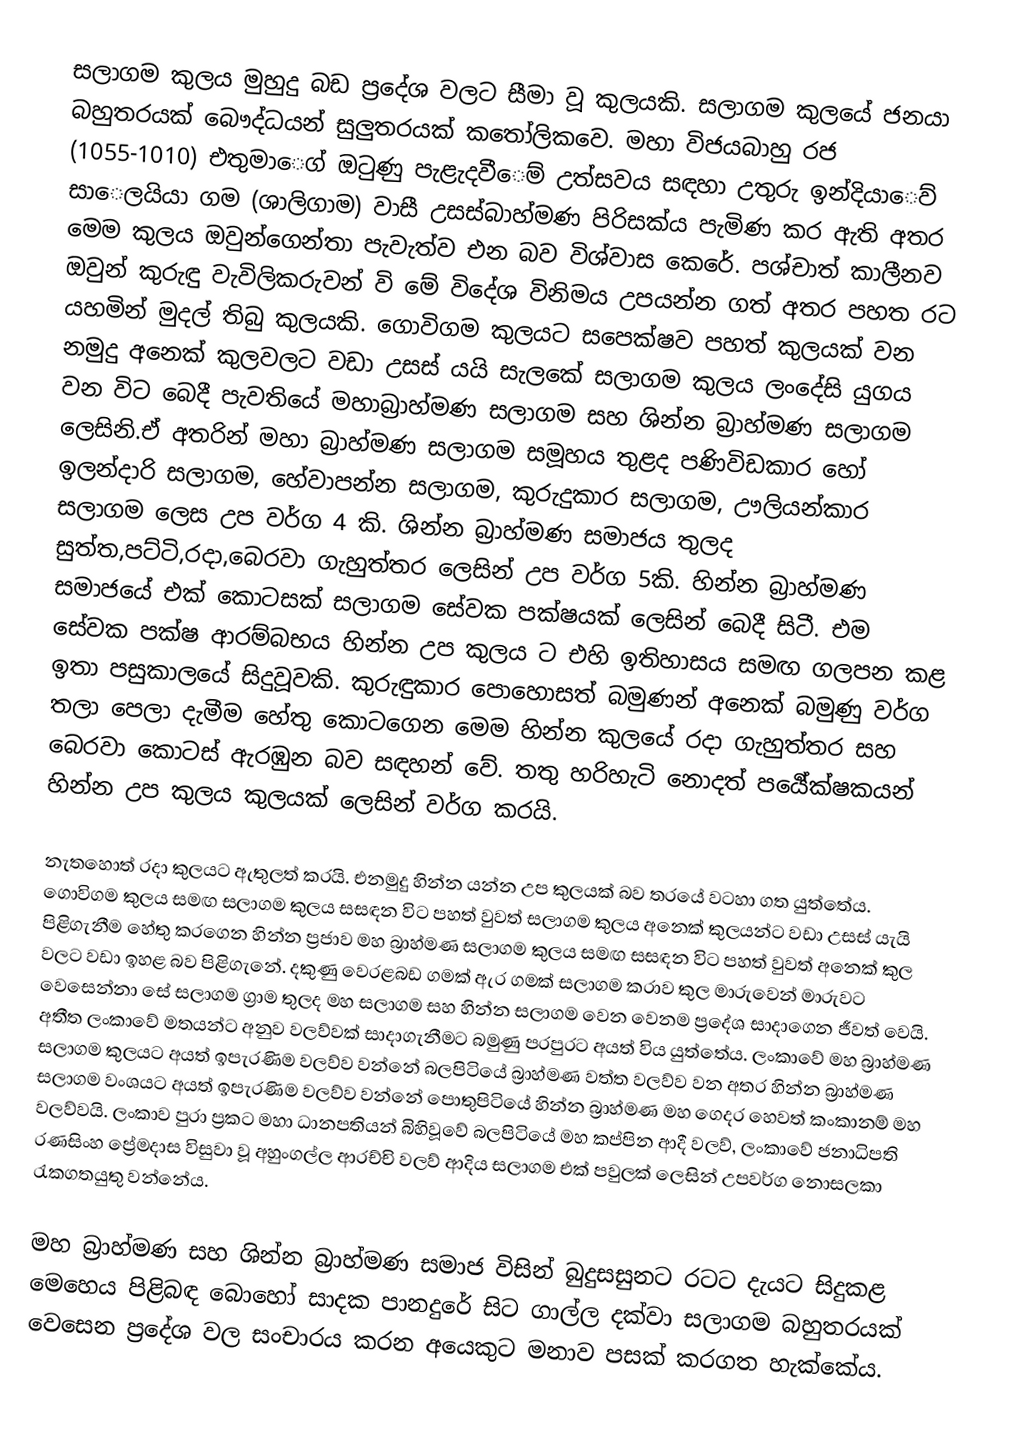
සලාගම කුලය මුහුදු බඩ ප්‍රදේශ වලට සීමා වූ කුලයකි. සලාගම කුලයේ ජනයා බහුතරයක් බෞද්ධයන් සුලුතරයක් කතෝලිකවෙ. මහා විජයබාහු රජ (1055-1010) එතුමාෙග් ඔටුණු පැළැදවීෙම් උත්සවය සඳහා උතුරු ඉන්දියාෙව් සාෙලයියා ගම (ශාලිගාම) වාසී උසස්බාහ්මණ පිරිසක්ය පැමිණ කර ඇති අතර මෙම කුලය ඔවුන්ගෙන්තා පැවැත්ව එන බව විශ්වාස කෙරේ. පශ්චාත් කාලීනව ඔවුන් කුරුඳු වැවිලිකරුවන් වි මේ විදේශ විනිමය උපයන්න ගත් අතර පහත රට යහමින් මුදල් තිබු කුලයකි. ගොවිගම කුලයට සපෙක්ෂව පහත් කුලයක් වන නමුදු අනෙක් කුලවලට වඩා උසස් යයි සැලකේ සලාගම කුලය ලංදේසි යුගය වන විට බෙදී පැවතියේ මහාබ්‍රාහ්මණ සලාගම සහ ශින්න බ්‍රාහ්මණ සලාගම ලෙසිනි.ඒ අතරින් මහා බ්‍රාහ්මණ සලාගම සමූහය තුළද පණිවිඩකාර හෝ ඉලන්දාරි සලාගම, හේවාපන්න සලාගම, කුරුදුකාර සලාගම, ඌලියන්කාර සලාගම ලෙස උප වර්ග 4 කි. ශින්න බ්‍රාහ්මණ සමාජය තුලද සුත්ත,පට්ටි,රදා,බෙරවා ගැහුත්තර ලෙසින් උප වර්ග 5කි. හින්න බ්‍රාහ්මණ සමාජයේ එක් කොටසක් සලාගම සේවක පක්ෂයක් ලෙසින් බෙදී සිටී. එම සේවක පක්ෂ ආරම්බභය හින්න උප කුලය ට එහි ඉතිහාසය සමඟ ගලපන කළ ඉතා පසුකාලයේ සිදුවූවකි. කුරුඳුකාර පොහොසත් බමුණන් අනෙක් බමුණු වර්ග තලා පෙලා දැමීම හේතු කොටගෙන මෙම හින්න කුලයේ රදා ගැහුත්තර සහ බෙරවා කොටස් ඇරඹුන බව සඳහන් වේ. තතු හරිහැටි නොදත් පර්‍යේක්ෂකයන් හින්න උප කුලය කුලයක් ලෙසින් වර්ග කරයි.

නැතහොත් රදා කුලයට ඇතුලත් කරයි. එනමුදු හින්න යන්න උප කුලයක් බව තරයේ වටහා ගත යුත්තේය. ගොවිගම කුලය සමඟ සලාගම කුලය සසඳන විට පහත් වුවත් සලාගම කුලය අනෙක් කුලයන්ට වඩා උසස් යැයි පිළිගැනීම හේතු කරගෙන හින්න ප්‍රජාව මහ බ්‍රාහ්මණ සලාගම කුලය සමඟ සසඳන විට පහත් වුවත් අනෙක් කුල වලට වඩා ඉහළ බව පිළිගැනේ. දකුණු වෙරළබඩ ගමක් ඇර ගමක් සලාගම කරාව කුල මාරුවෙන් මාරුවට වෙසෙන්නා සේ සලාගම ග්‍රාම තුලද මහ සලාගම සහ හින්න සලාගම වෙන වෙනම ප්‍රදේශ සාදාගෙන ජීවත් වෙයි. අතීත ලංකාවේ මතයන්ට අනුව වලව්වක් සාදාගැනීමට බමුණු පරපුරට අයත් විය යුත්තේය. ලංකාවේ මහ බ්‍රාහ්මණ සලාගම කුලයට අයත් ඉපැරණිම වලව්ව වන්නේ බලපිටියේ බ්‍රාහ්මණ වත්ත වලව්ව වන අතර හින්න බ්‍රාහ්මණ සලාගම වංශයට අයත් ඉපැරණිම වලව්ව වන්නේ පොතුපිටියේ හින්න බ්‍රාහ්මණ මහ ගෙදර හෙවත් කංකානම් මහ වලව්වයි. ලංකාව පුරා ප්‍රකට මහා ධානපතියන් බිහිවූවේ බලපිටියේ මහ කප්පින ආදී වලව්, ලංකාවේ ජනාධිපති රණසිංහ ප්‍රේමදාස විසුවා වූ අහුංගල්ල ආරච්චි වලව් ආදිය සලාගම එක් පවුලක් ලෙසින් උපවර්ග නොසලකා රැකගතයුතු වන්නේය.

මහ බ්‍රාහ්මණ සහ ශින්න බ්‍රාහ්මණ සමාජ විසින් බුදුසසුනට රටට දැයට සිදුකළ මෙහෙය පිළිබඳ බොහෝ සාදක පානදුරේ සිට ගාල්ල දක්වා සලාගම බහුතරයක් වෙසෙන ප්‍රදේශ වල සංචාරය කරන අයෙකුට මනාව පසක් කරගත හැක්කේය.